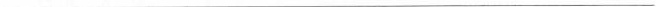
___